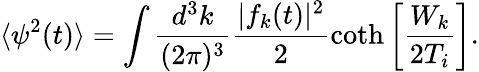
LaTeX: \langle\psi^{2}(t)\rangle=\int\frac{d^{3}k}{(2\pi)^{3}}\frac{|f_{k}(t)|^{2}}{2}\coth\left[\frac{W_{k}}{2T_{i}}\right].